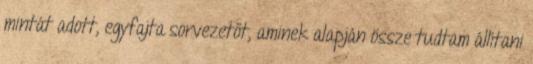
mintát adott, egyfajta sorvezetőt, aminek alapján össze tudtam állítani